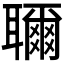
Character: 𬚨